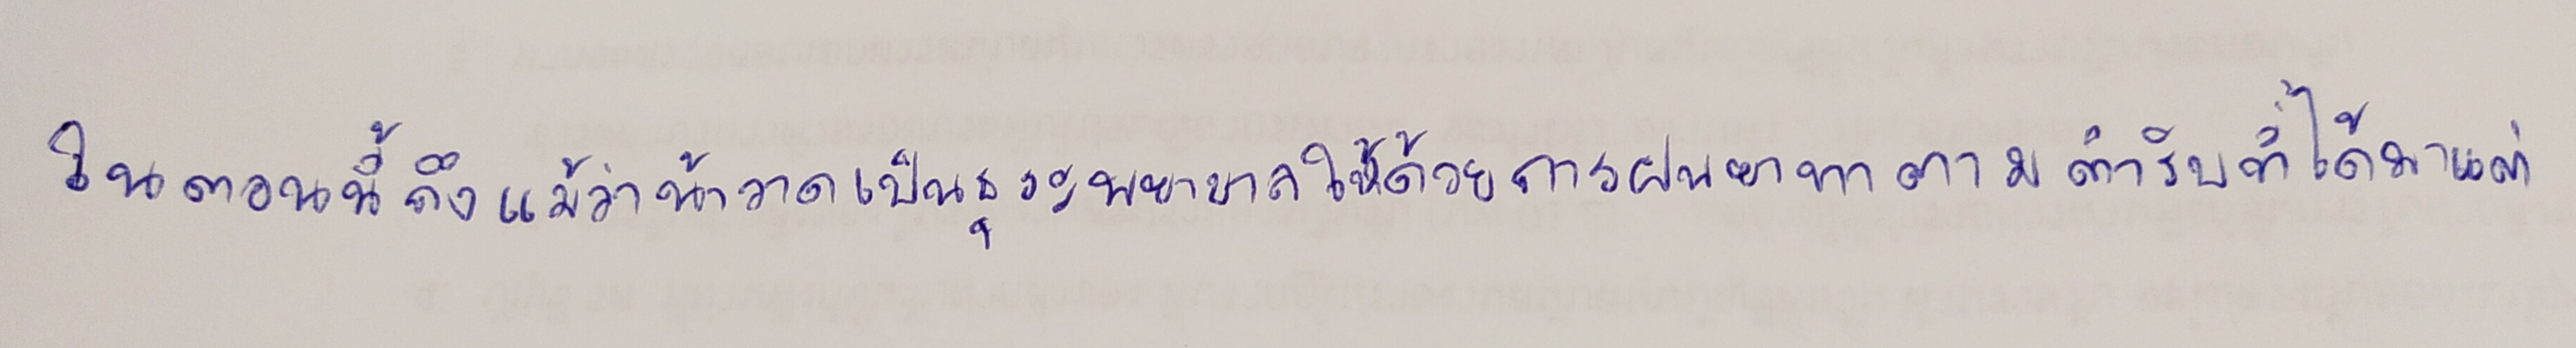
ในตอนนี้ถึงแม้ว่าน้าวาดเป็นธุระพยาบาลให้ด้วยการฝนยาทาตามตำรับที่ได้มาแต่